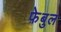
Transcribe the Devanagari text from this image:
फ़ेबुल